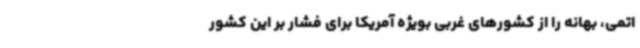
اتمی، بهانه را از کشورهای غربی بویژه آمریکا برای فشار بر این کشور